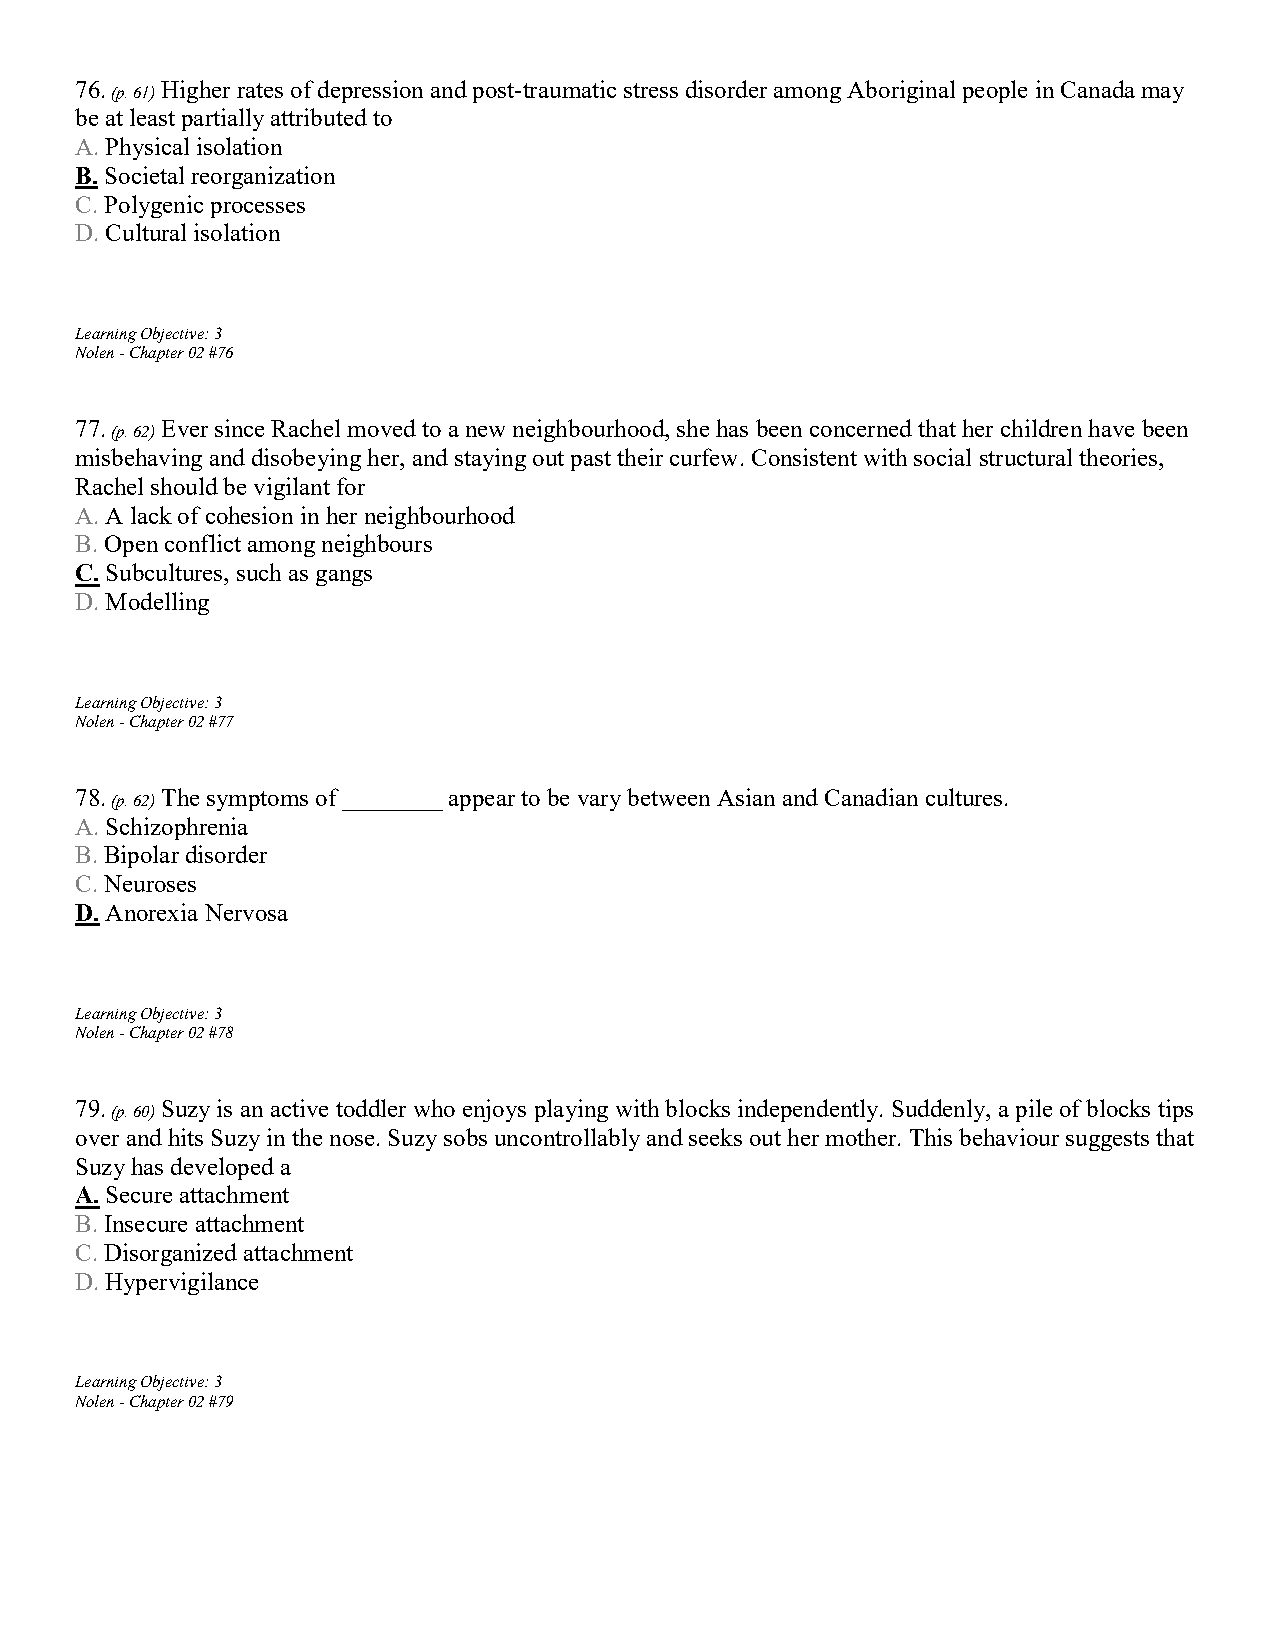
76.   Higher rates of depression and post-traumatic stress disorder among Aboriginal people in Canada may
 (p. 61)
 be at least partially attributed to
 A. Physical isolation
 B. Societal reorganization
 C. Polygenic processes
 D. Cultural isolation
 Learning Objective: 3
 Nolen - Chapter 02 #76
 77.   Ever since Rachel moved to a new neighbourhood, she has been concerned that her children have been
 (p. 62)
 misbehaving and disobeying her, and staying out past their curfew. Consistent with social structural theories,
 Rachel should be vigilant for
 A. A lack of cohesion in her neighbourhood
 B. Open conflict among neighbours
 C. Subcultures, such as gangs
 D. Modelling
 Learning Objective: 3
 Nolen - Chapter 02 #77
 78.   The symptoms of ________ appear to be vary between Asian and Canadian cultures.
 (p. 62)
 A. Schizophrenia
 B. Bipolar disorder
 C. Neuroses
 D. Anorexia Nervosa
 Learning Objective: 3
 Nolen - Chapter 02 #78
 79.   Suzy is an active toddler who enjoys playing with blocks independently. Suddenly, a pile of blocks tips
 (p. 60)
 over and hits Suzy in the nose. Suzy sobs uncontrollably and seeks out her mother. This behaviour suggests that
 Suzy has developed a
 A. Secure attachment
 B. Insecure attachment
 C. Disorganized attachment
 D. Hypervigilance
 Learning Objective: 3
 Nolen - Chapter 02 #79